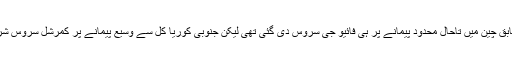
میل آن لائن کے مطابق چین میں تاحال محدود پیمانے پر ہی فائیو جی سروس دی گئی تھی لیکن جنوبی کوریا کل سے وسیع پیمانے پر کمرشل سروس شروع نے جا رہا ہے۔